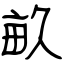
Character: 畝